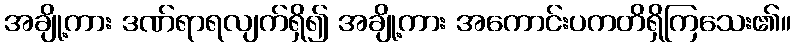
အချို့ကား ဒဏ်ရာရလျက်ရှိ၍ အချို့ကား အကောင်းပကတိရှိကြသေး၏။